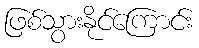
ဖြစ်သွားနိုင်ကြောင်း